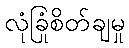
လုံခြုံစိတ်ချမှု